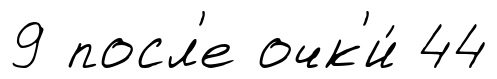
9 посл'е очк'и́ 44